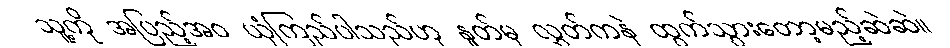
သူ့ကို အပြည့်အဝ ယုံကြည်ပါသည်ဟု နှုတ်မှ လွှတ်ကနဲ ထွက်သွားတော့မည့်ဆဲဆဲ။